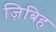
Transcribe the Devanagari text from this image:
ज़िबिह